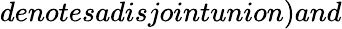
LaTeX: denotesadisjointunion)and